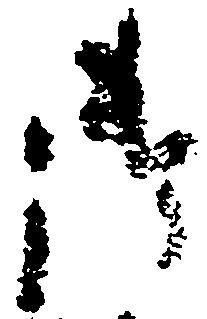
御